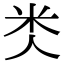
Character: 𥸪